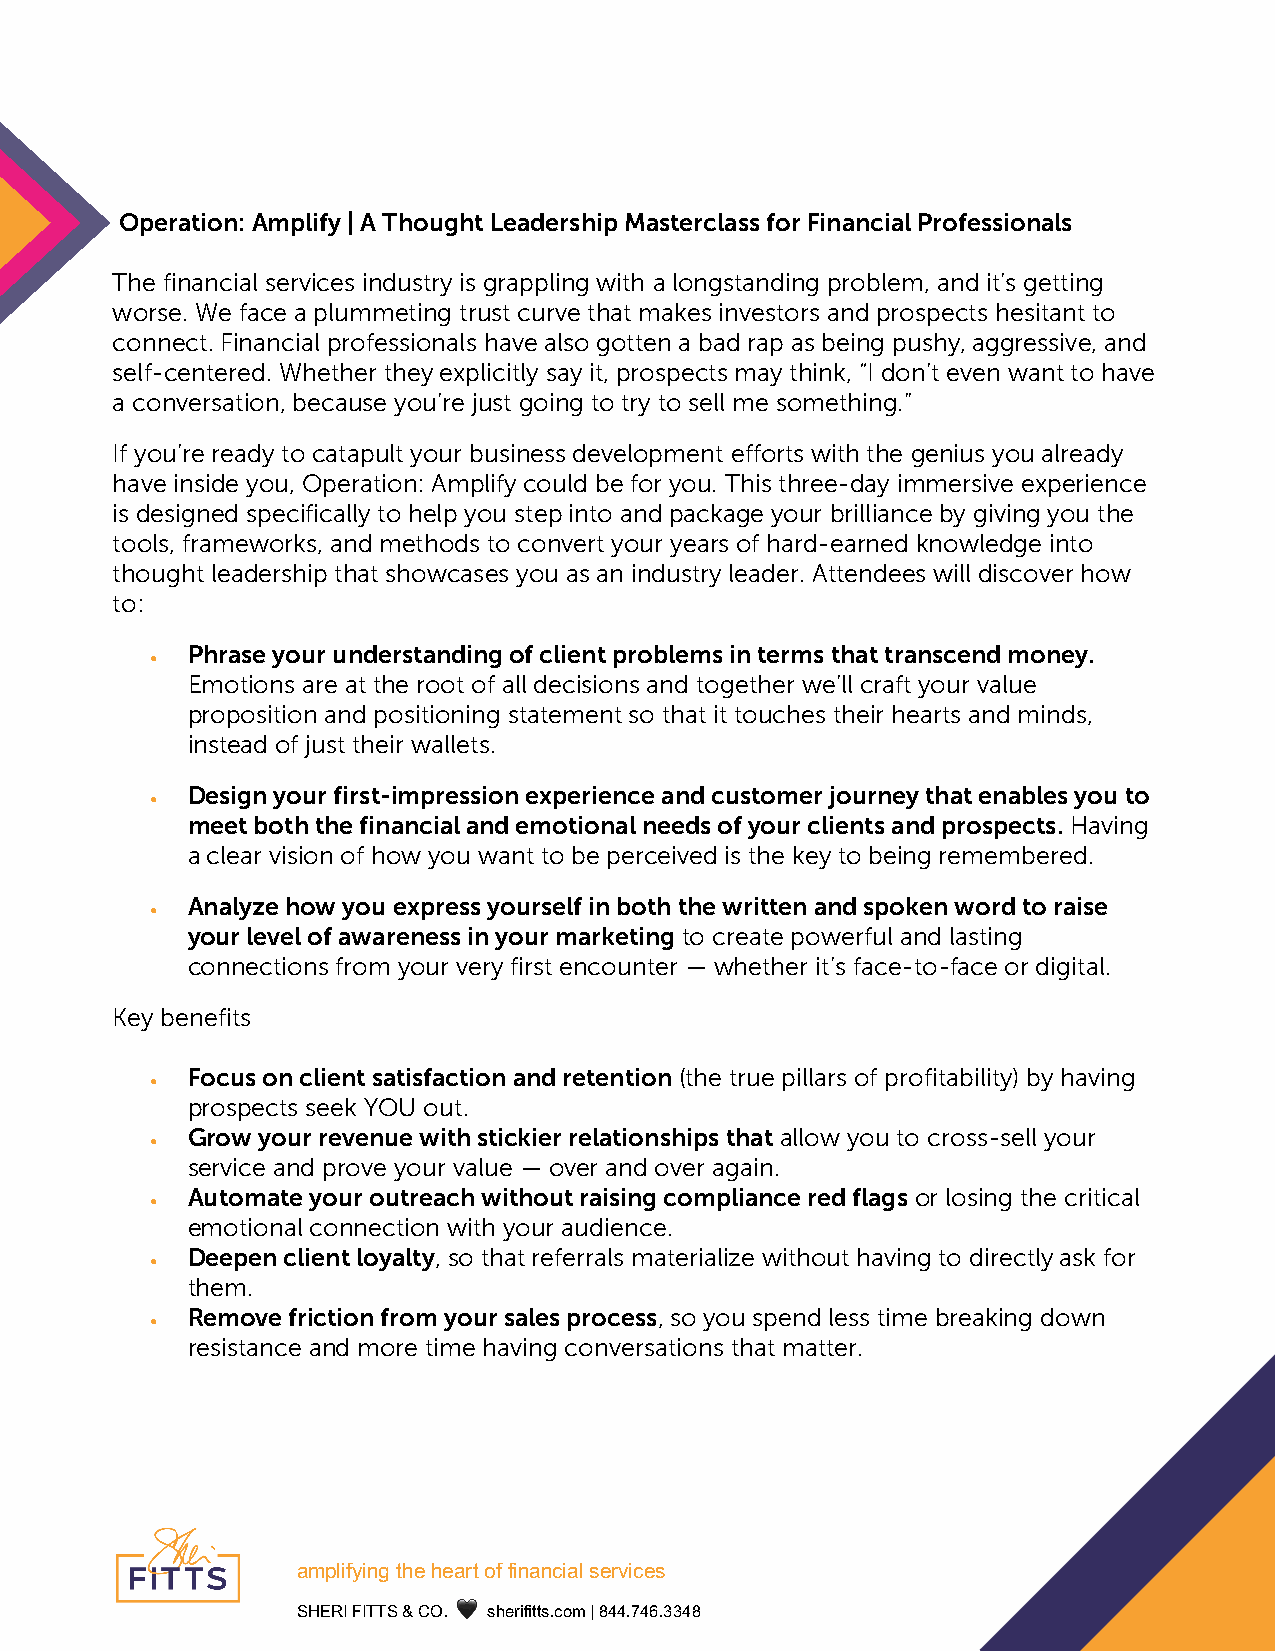
Operation: Amplify | A Thought Leadership Masterclass for Financial Professionals
 The financial services industry is grappling with a longstanding problem, and it’s getting
 worse. We face a plummeting trust curve that makes investors and prospects hesitant to
 connect. Financial professionals have also gotten a bad rap as being pushy, aggressive, and
 self-centered. Whether they explicitly say it, prospects may think, “I don’t even want to have
 a conversation, because you’re just going to try to sell me something.”
 If you’re ready to catapult your business development efforts with the genius you already
 have inside you, Operation: Amplify could be for you. This three-day immersive experience
 is designed specifically to help you step into and package your brilliance by giving you the
 tools, frameworks, and methods to convert your years of hard-earned knowledge into
 thought leadership that showcases you as an industry leader. Attendees will discover how
 to:
 Phrase your understanding of client problems in terms that transcend money.
 •
 Emotions are at the root of all decisions and together we’ll craft your value
 proposition and positioning statement so that it touches their hearts and minds,
 instead of just their wallets.
 Design your first-impression experience and customer journey that enables you to
 •
 meet both the financial and emotional needs of your clients and prospects. Having
 a clear vision of how you want to be perceived is the key to being remembered.
 Analyze how you express yourself in both the written and spoken word to raise
 •
 your level of awareness in your marketing to create powerful and lasting
 connections from your very first encounter — whether it’s face-to-face or digital.
 Key benefits
 Focus on client satisfaction and retention (the true pillars of profitability) by having
 •
 prospects seek YOU out.
 Grow your revenue with stickier relationships that allow you to cross-sell your
 •
 service and prove your value — over and over again.
 Automate your outreach without raising compliance red flags or losing the critical
 •
 emotional connection with your audience.
 Deepen client loyalty, so that referrals materialize without having to directly ask for
 •
 them.
 Remove friction from your sales process, so you spend less time breaking down
 •
 resistance and more time having conversations that matter.
 !
 !"#$%&’%()*+,-*,-!.+*/&*&%(!(0%!$*1-.2%0-1* !
 !"#$%&’%((!&)&*+,&&🖤&&-./012133-,456&7&899,:9;,<<98&